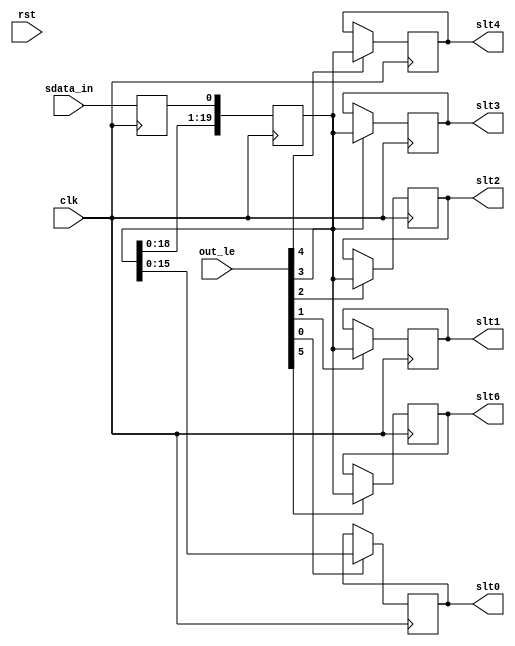
module ac97_sin(clk, rst,

	out_le, slt0, slt1, slt2, slt3, slt4,
	slt6, 

	sdata_in
	);

input		clk, rst;

// --------------------------------------
// Misc Signals
input	[5:0]	out_le;
output	[15:0]	slt0;
output	[19:0]	slt1;
output	[19:0]	slt2;
output	[19:0]	slt3;
output	[19:0]	slt4;
output	[19:0]	slt6;

// --------------------------------------
// AC97 Codec Interface
input		sdata_in;

////////////////////////////////////////////////////////////////////
//
// Local Wires
//

reg		sdata_in_r;
reg	[19:0]	sr;

reg	[15:0]	slt0;
reg	[19:0]	slt1;
reg	[19:0]	slt2;
reg	[19:0]	slt3;
reg	[19:0]	slt4;
reg	[19:0]	slt6;

////////////////////////////////////////////////////////////////////
//
// Output Registers
//

always @(posedge clk)
	if(out_le[0])	slt0 <= #1 sr[15:0];

always @(posedge clk)
	if(out_le[1])	slt1 <= #1 sr;

always @(posedge clk)
	if(out_le[2])	slt2 <= #1 sr;

always @(posedge clk)
	if(out_le[3])	slt3 <= #1 sr;

always @(posedge clk)
	if(out_le[4])	slt4 <= #1 sr;

always @(posedge clk)
	if(out_le[5])	slt6 <= #1 sr;

////////////////////////////////////////////////////////////////////
//
// Serial Shift Register
//

always @(negedge clk)
	sdata_in_r <= #1 sdata_in;

always @(posedge clk)
	sr <= #1 {sr[18:0], sdata_in_r };

endmodule